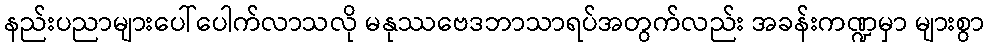
နည်းပညာများပေါ်ပေါက်လာသလို မနုဿဗေဒဘာသာရပ်အတွက်လည်း အခန်းကဏ္ဍမှာ များစွာ